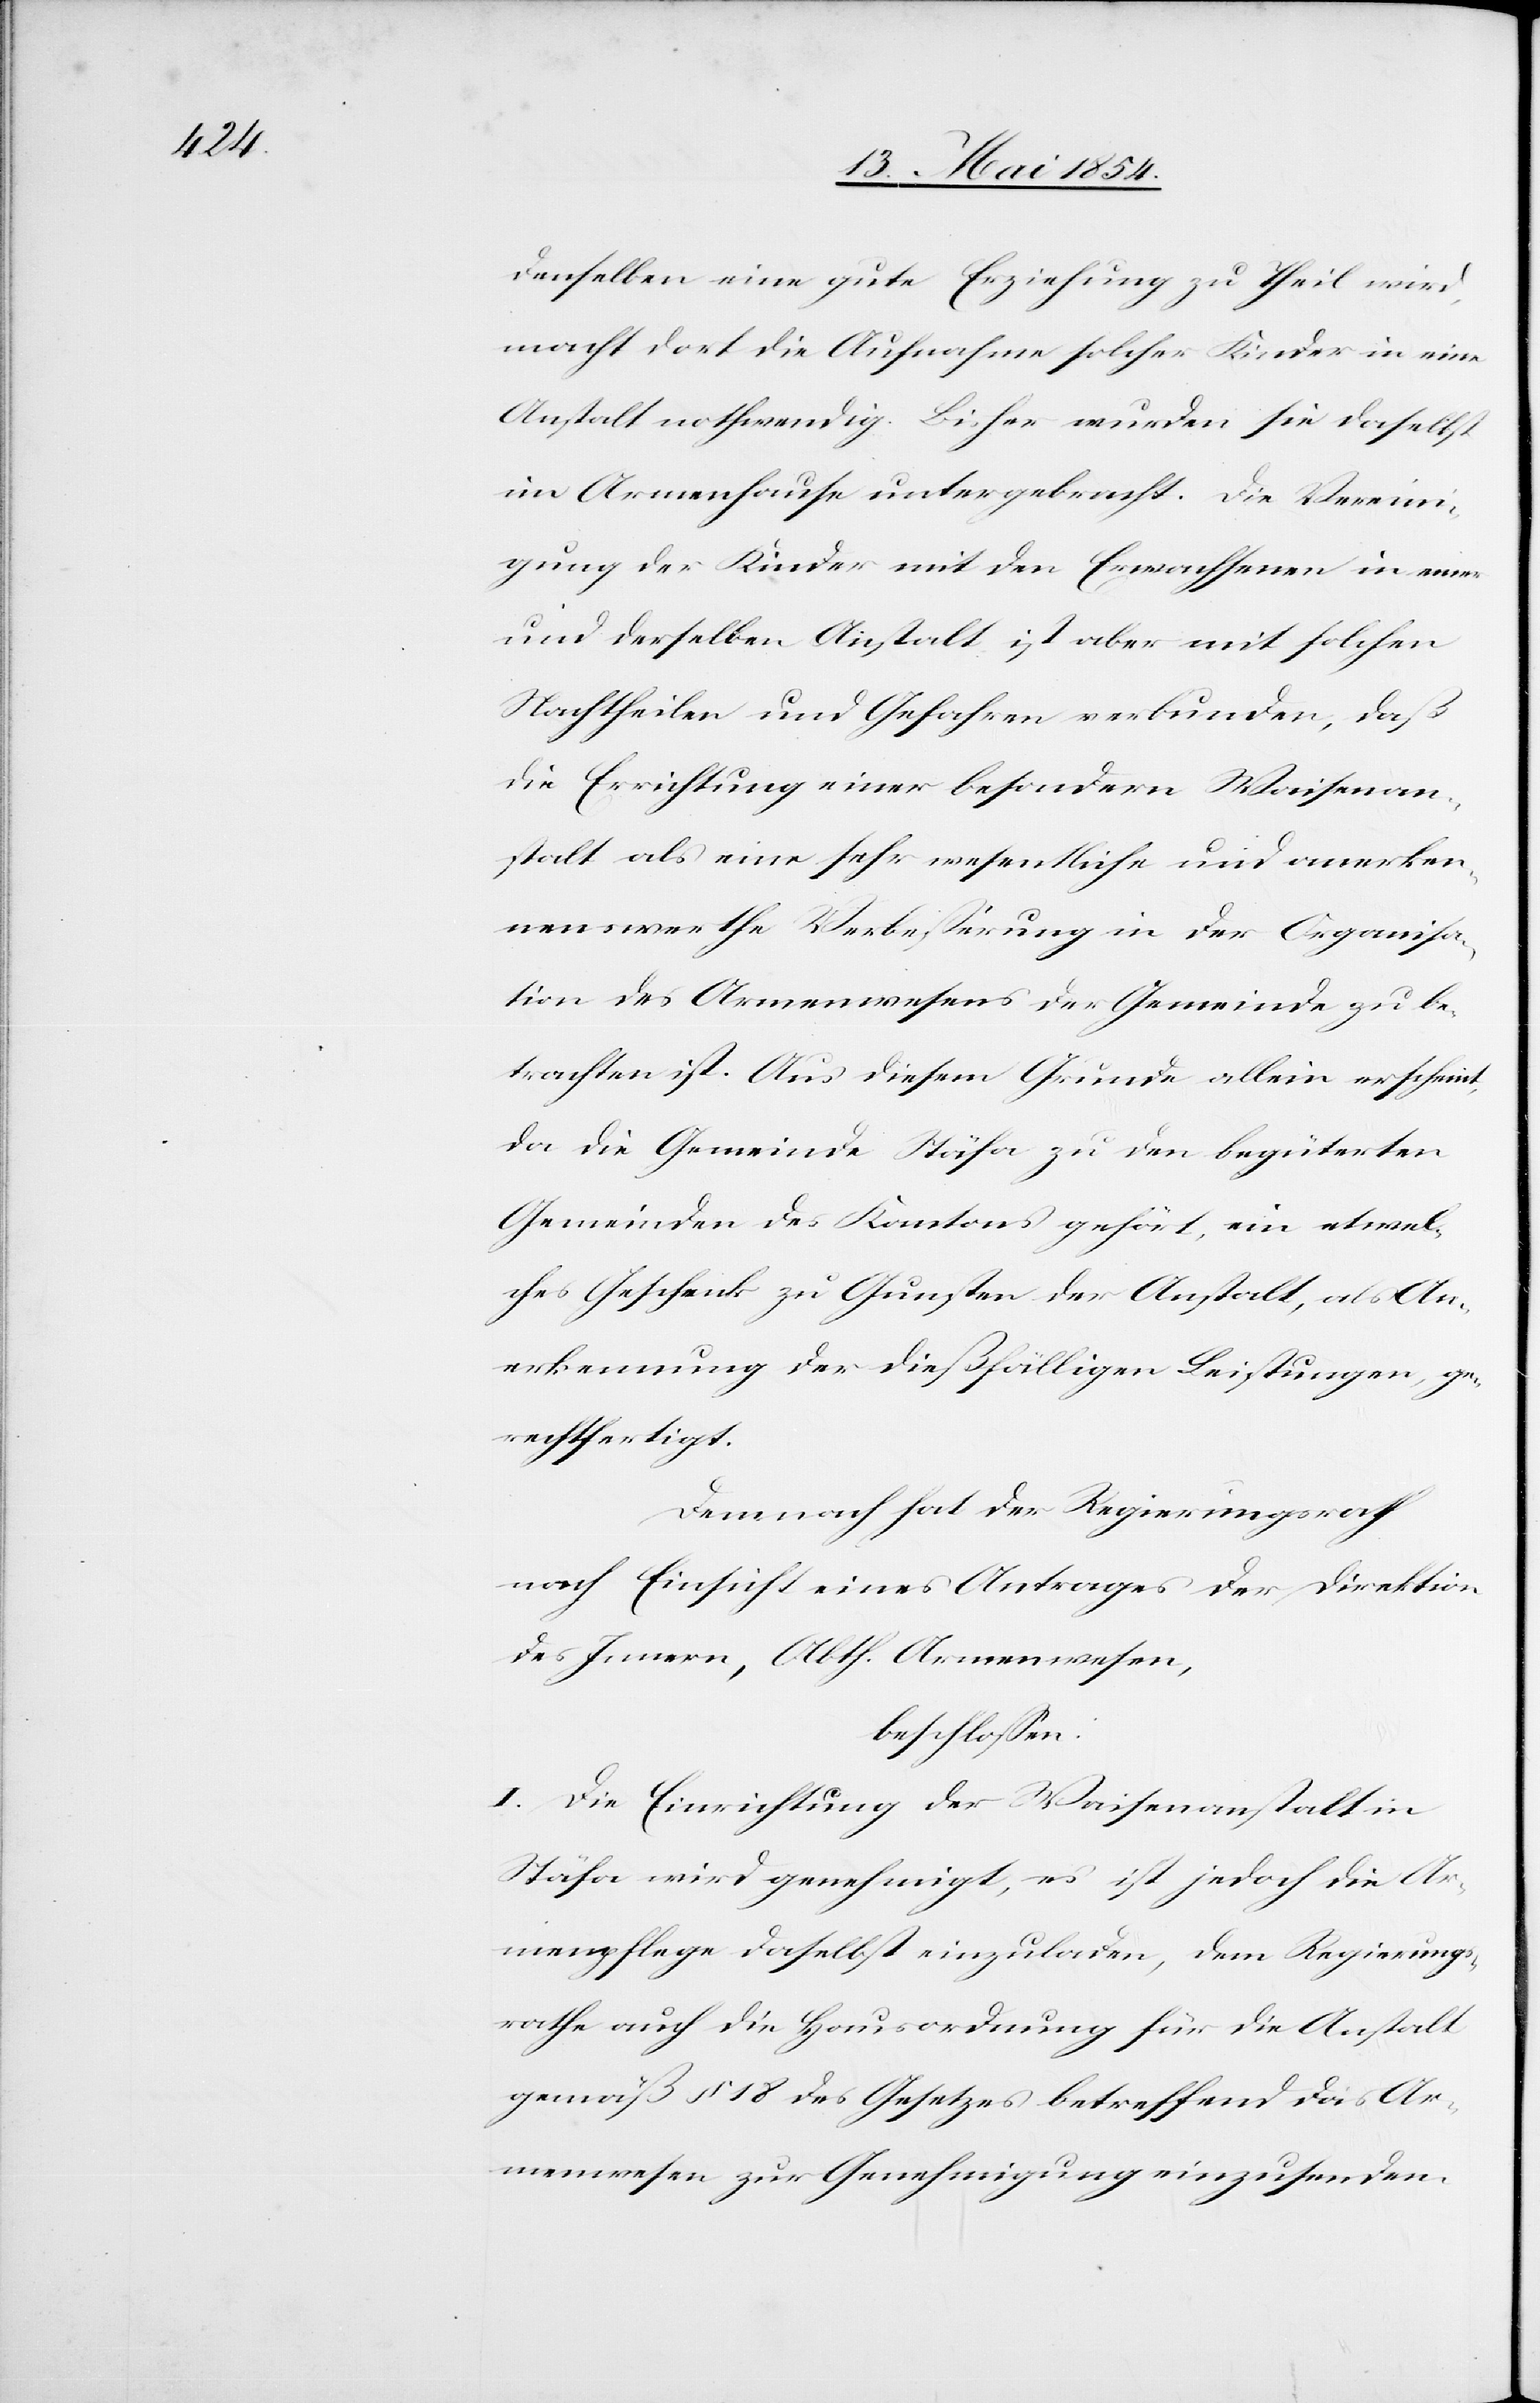
denselben eine gute Erziehung zu Theil wird,
macht dort die Aufnahme solcher Kinder in eine
Anstalt nothwendig. Bisher wurden sie daselbst
im Armenhause untergebracht. Die Vereini¬
gung der Kinder mit den Erwachsenen in einer
und derselben Anstalt ist aber mit solchen
Nachtheilen und Gefahren verbunden, daß
die Errichtung einer besondern Waisenan¬
stalt als eine sehr wesentliche und anerken¬
nenswerthe Verbeßerung in der Organisa¬
tion des Armenwesens der Gemeinde zu be¬
trachten ist. Aus diesem Grunde allein erscheint,
da die Gemeinde Stäfa zu den begüterten
Gemeinden des Kantons gehört, ein etwel¬
ches Geschenk zu Gunsten der Anstalt, als An¬
erkennung der dießfälligen Leistungen, ge¬
rechtfertigt.
Demnach hat der Regierungsrath
nach Einsicht eines Antrages der Direktion
des Innern, Abth. Armenwesen,
beschloßen:
I. Die Errichtung der Waisenanstalt in
Stäfa wird genehmigt, es ist jedoch die Ar¬
menpflege daselbst einzuladen, dem Regierungs¬
rathe auch die Hausordnung für die Anstalt
gemäß § 18 des Gesetzes betreffend das Ar¬
menwesen zur Genehmigung einzusenden.